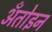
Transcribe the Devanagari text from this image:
अँतोइन